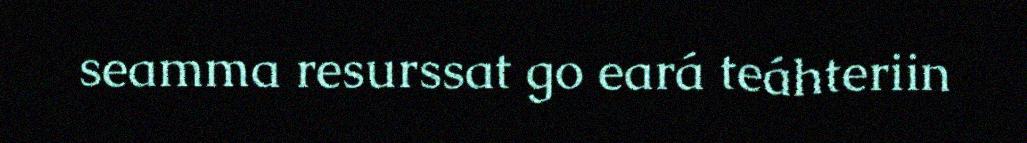
seamma resurssat go eará teáhteriin